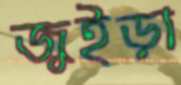
জুইড়া